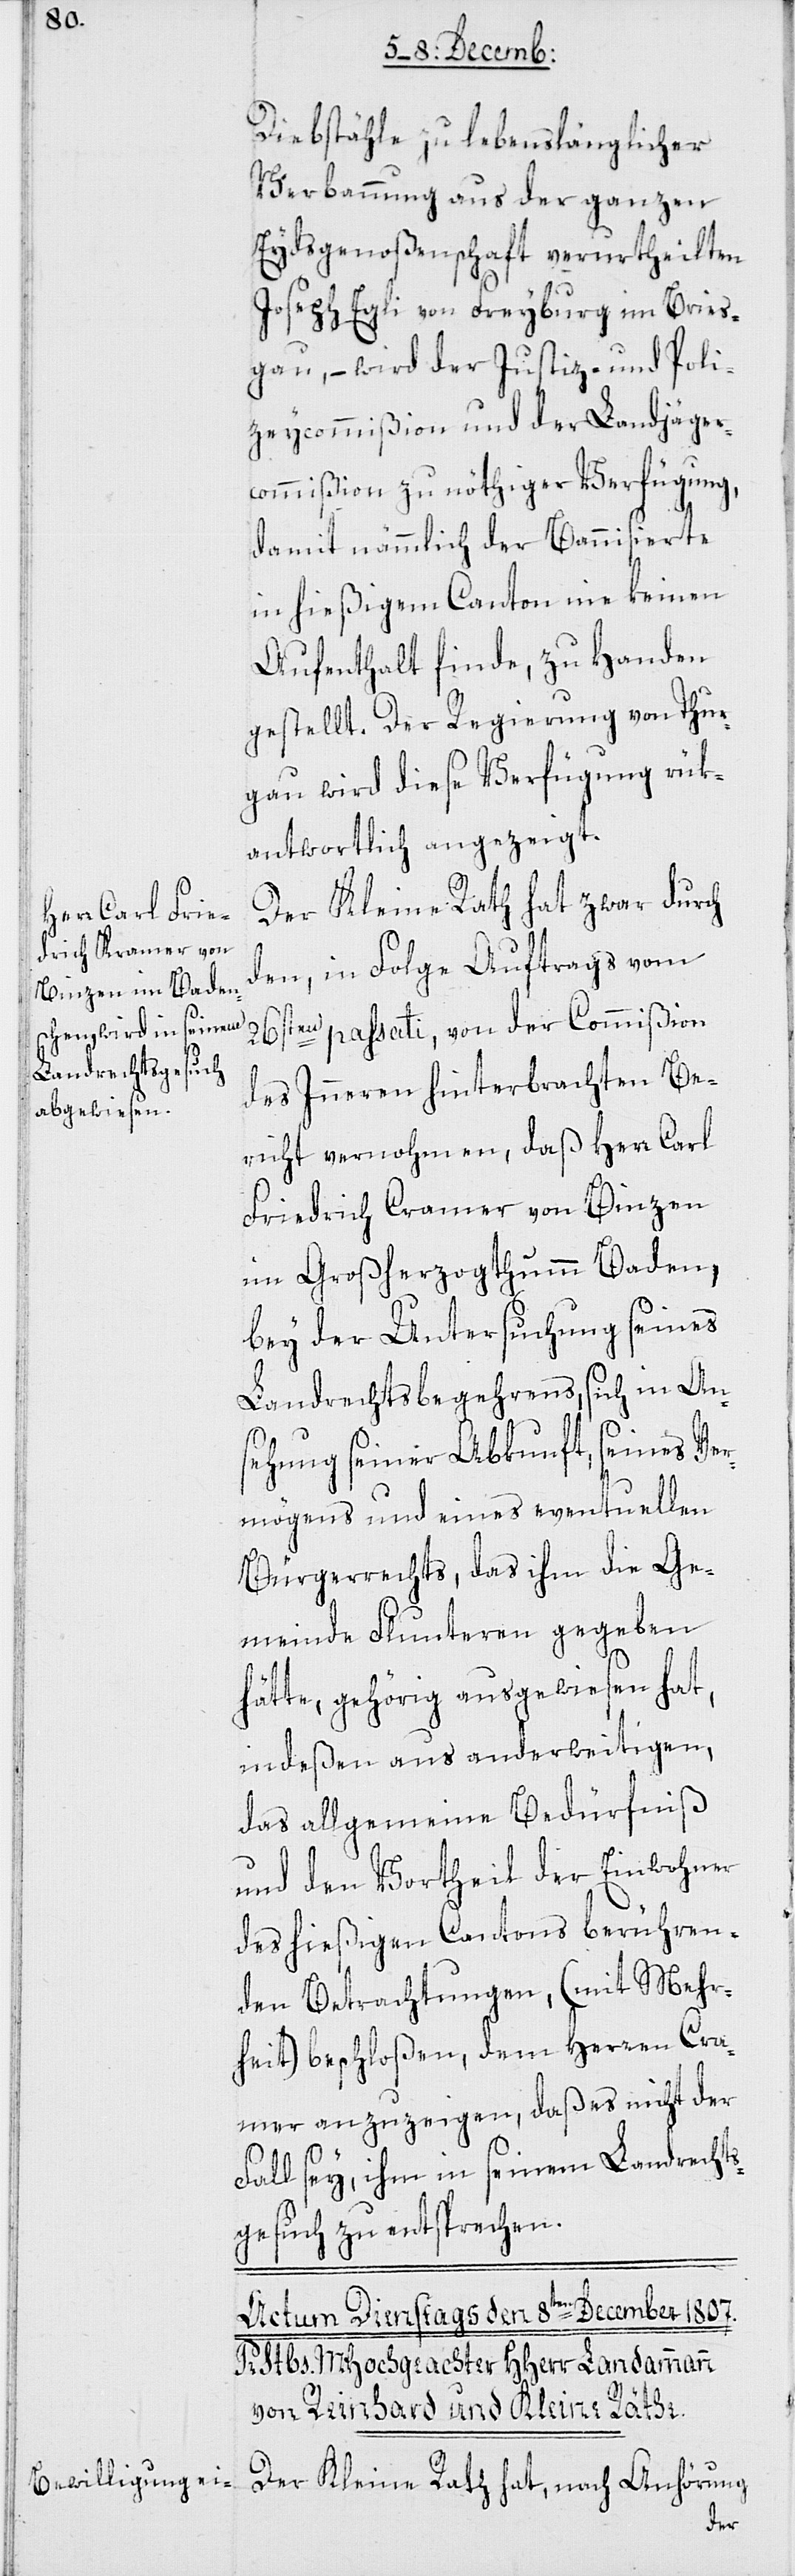
Diebstähle zu lebenslänglicher
Verbannung aus der ganzen
Eydsgenoßenschaft verurtheilten
Joseph Egli von Freyburg im Bries¬
gau, – wird der Justiz- und Poli¬
zeycommißion und der Landjäger¬
commißion zu nöthiger Verfügung,
damit nämmlich der Bannisierte
in hießigem Canton nie keinen
Aufenthalt finde, zu Handen
gestellt. Der Regierung von Thur¬
gau wird dieße Verfügung rük¬
antwortlich angezeigt.
Der Kleine Rath hat zwar durch
den, in Folge Auftrags vom
26sten passati, von der Commißion
des Inneren hinterbrachten Be¬
richt vernohmen, daß Herr Carl
Friedrich Kramer von Binzen
im Großherzogthum Baden,
bey der Untersuchung seines
Landrechtsbegehrens, sich in An¬
sehung seiner Abkunft, seines Ver¬
mögens und eines eventuellen
Bürgerrechts, das ihm die Ge¬
meinde Flunteren gegeben
hätte, gehörig ausgewiesen hat,
indeßen aus anderweitigen,
das allgemeine Bedürfniß
und den Vortheil der Einwohner
des hießigen Cantons berühren¬
den Betrachtungen, (mit Mehr¬
heit) beschloßen, dem Herren Cra¬
anzuzeigen, daß es nicht der
Fall sey, ihm in seinem Landrechts¬
gesuch zu entsprechen.
Der Kleine Rath hat, nach Anhörung
mer